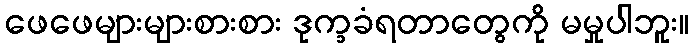
ဖေဖေများများစားစား ဒုက္ခခံရတာတွေကို မမှုပါဘူး။